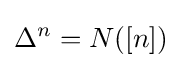
\Delta ^{n}=N([n])